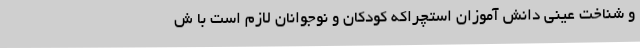
و شناخت عینی دانش آموزان استچراکه کودکان و نوجوانان لازم است با ش